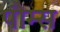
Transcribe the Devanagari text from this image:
पौम्स